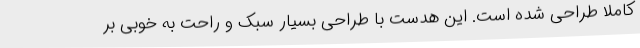
کاملا طراحی شده است. این هدست با طراحی بسیار سبک و راحت به خوبی بر